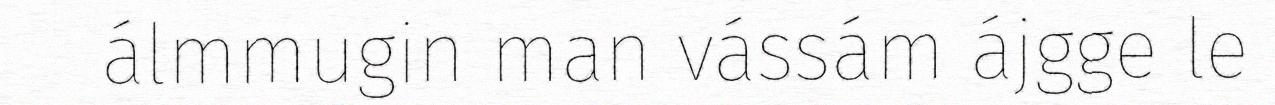
álmmugin man vássám ájgge le